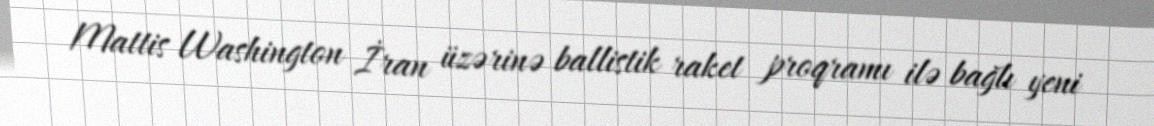
Mattis Washington İran üzərinə ballistik raket proqramı ilə bağlı yeni